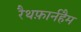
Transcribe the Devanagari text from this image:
रैथफ़ार्नहैम